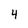
Character: 4